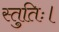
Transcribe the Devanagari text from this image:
स्तुतिः।